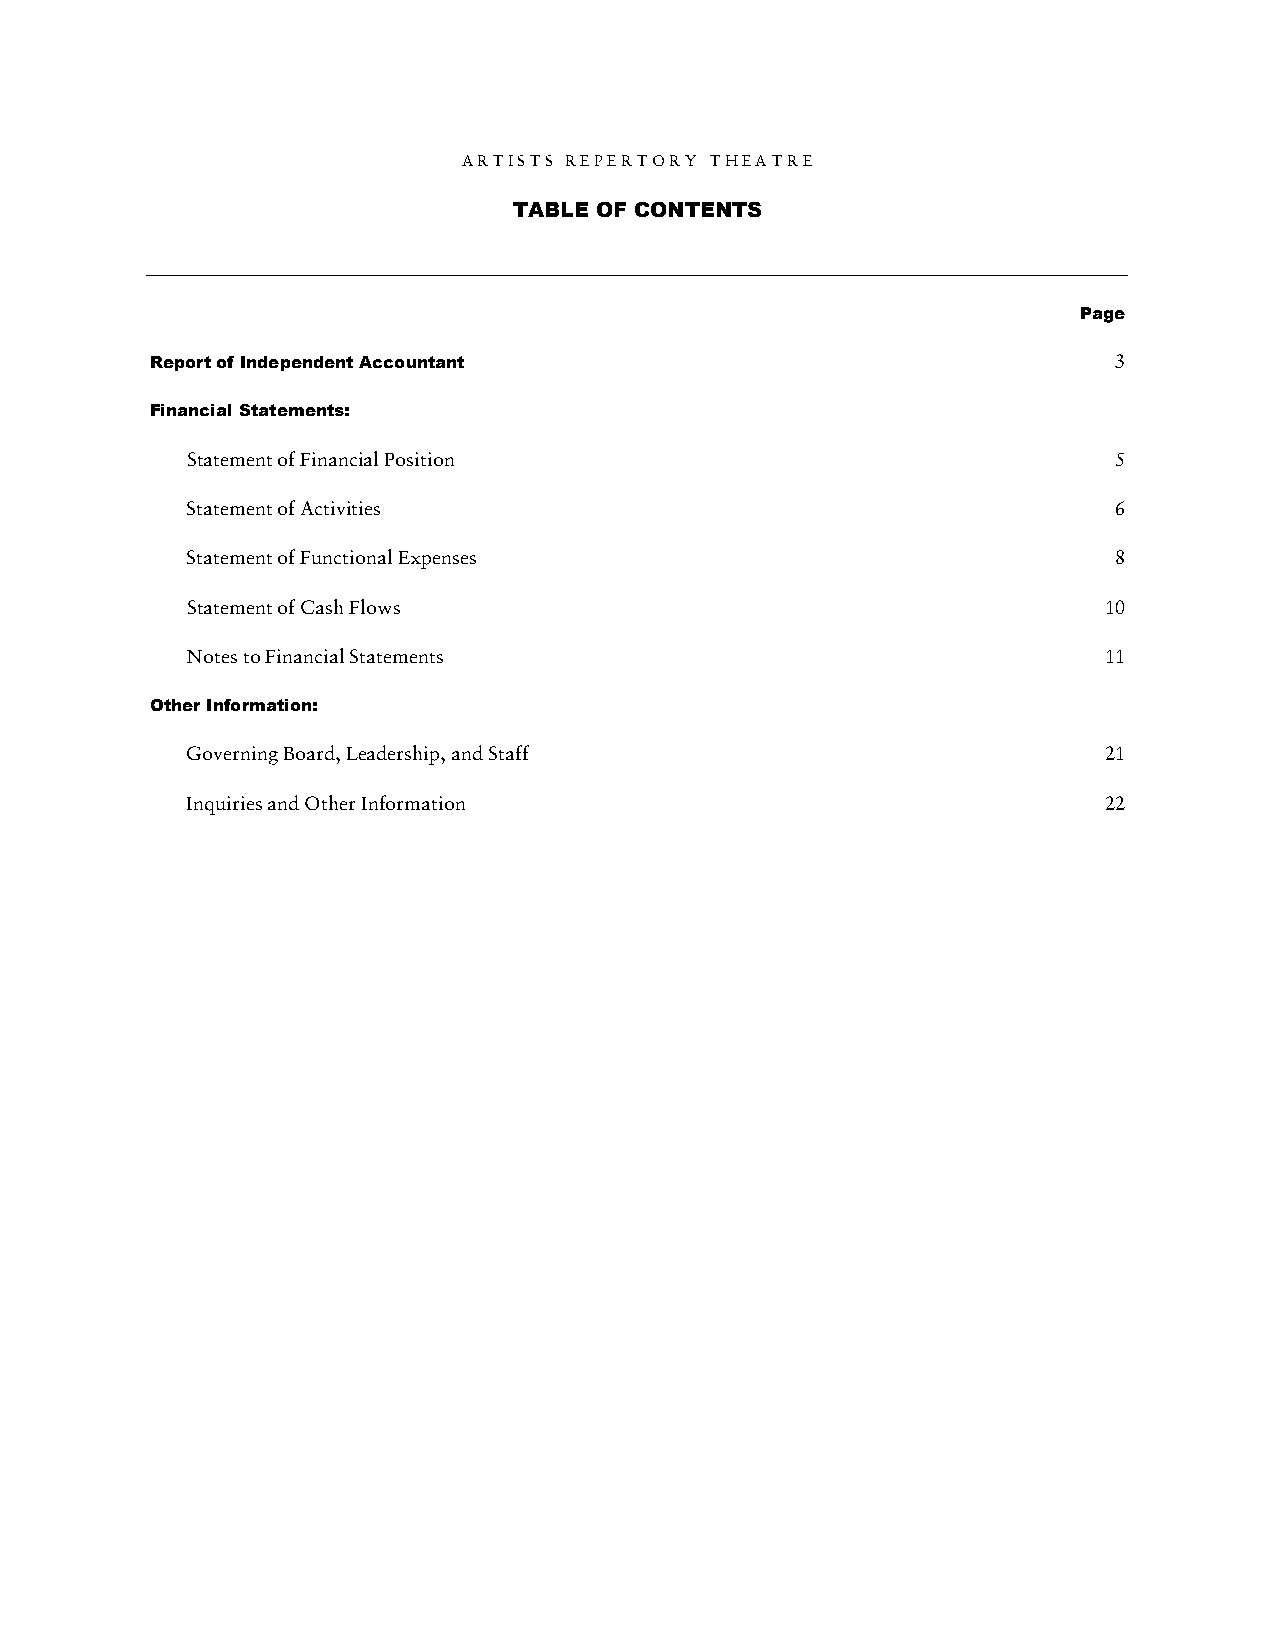
A R T I S T S R E P E R T O R Y T H E A T R E
 TABLE OF CONTENTS
 Page
 Report of Independent Accountant                                3
 Financial Statements:
 Statement of Financial Position                               5
 Statement of Activities                                       6
 Statement of Functional Expenses                              8
 Statement of Cash Flows                                      10
 Notes to Financial Statements                                11
 Other Information:
 Governing Board, Leadership, and Staff                       21
 Inquiries and Other Information                              22